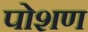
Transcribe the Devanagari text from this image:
पोशण